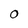
Character: 0